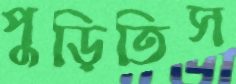
পুড়িতিস